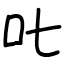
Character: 𠮟